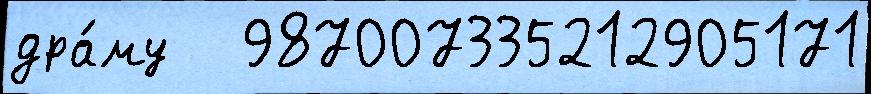
дра́му   987007335212905171